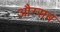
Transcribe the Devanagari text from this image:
औग्सब